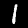
Label: 1